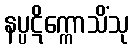
နပ္ပဋိက္ကောသိံသု